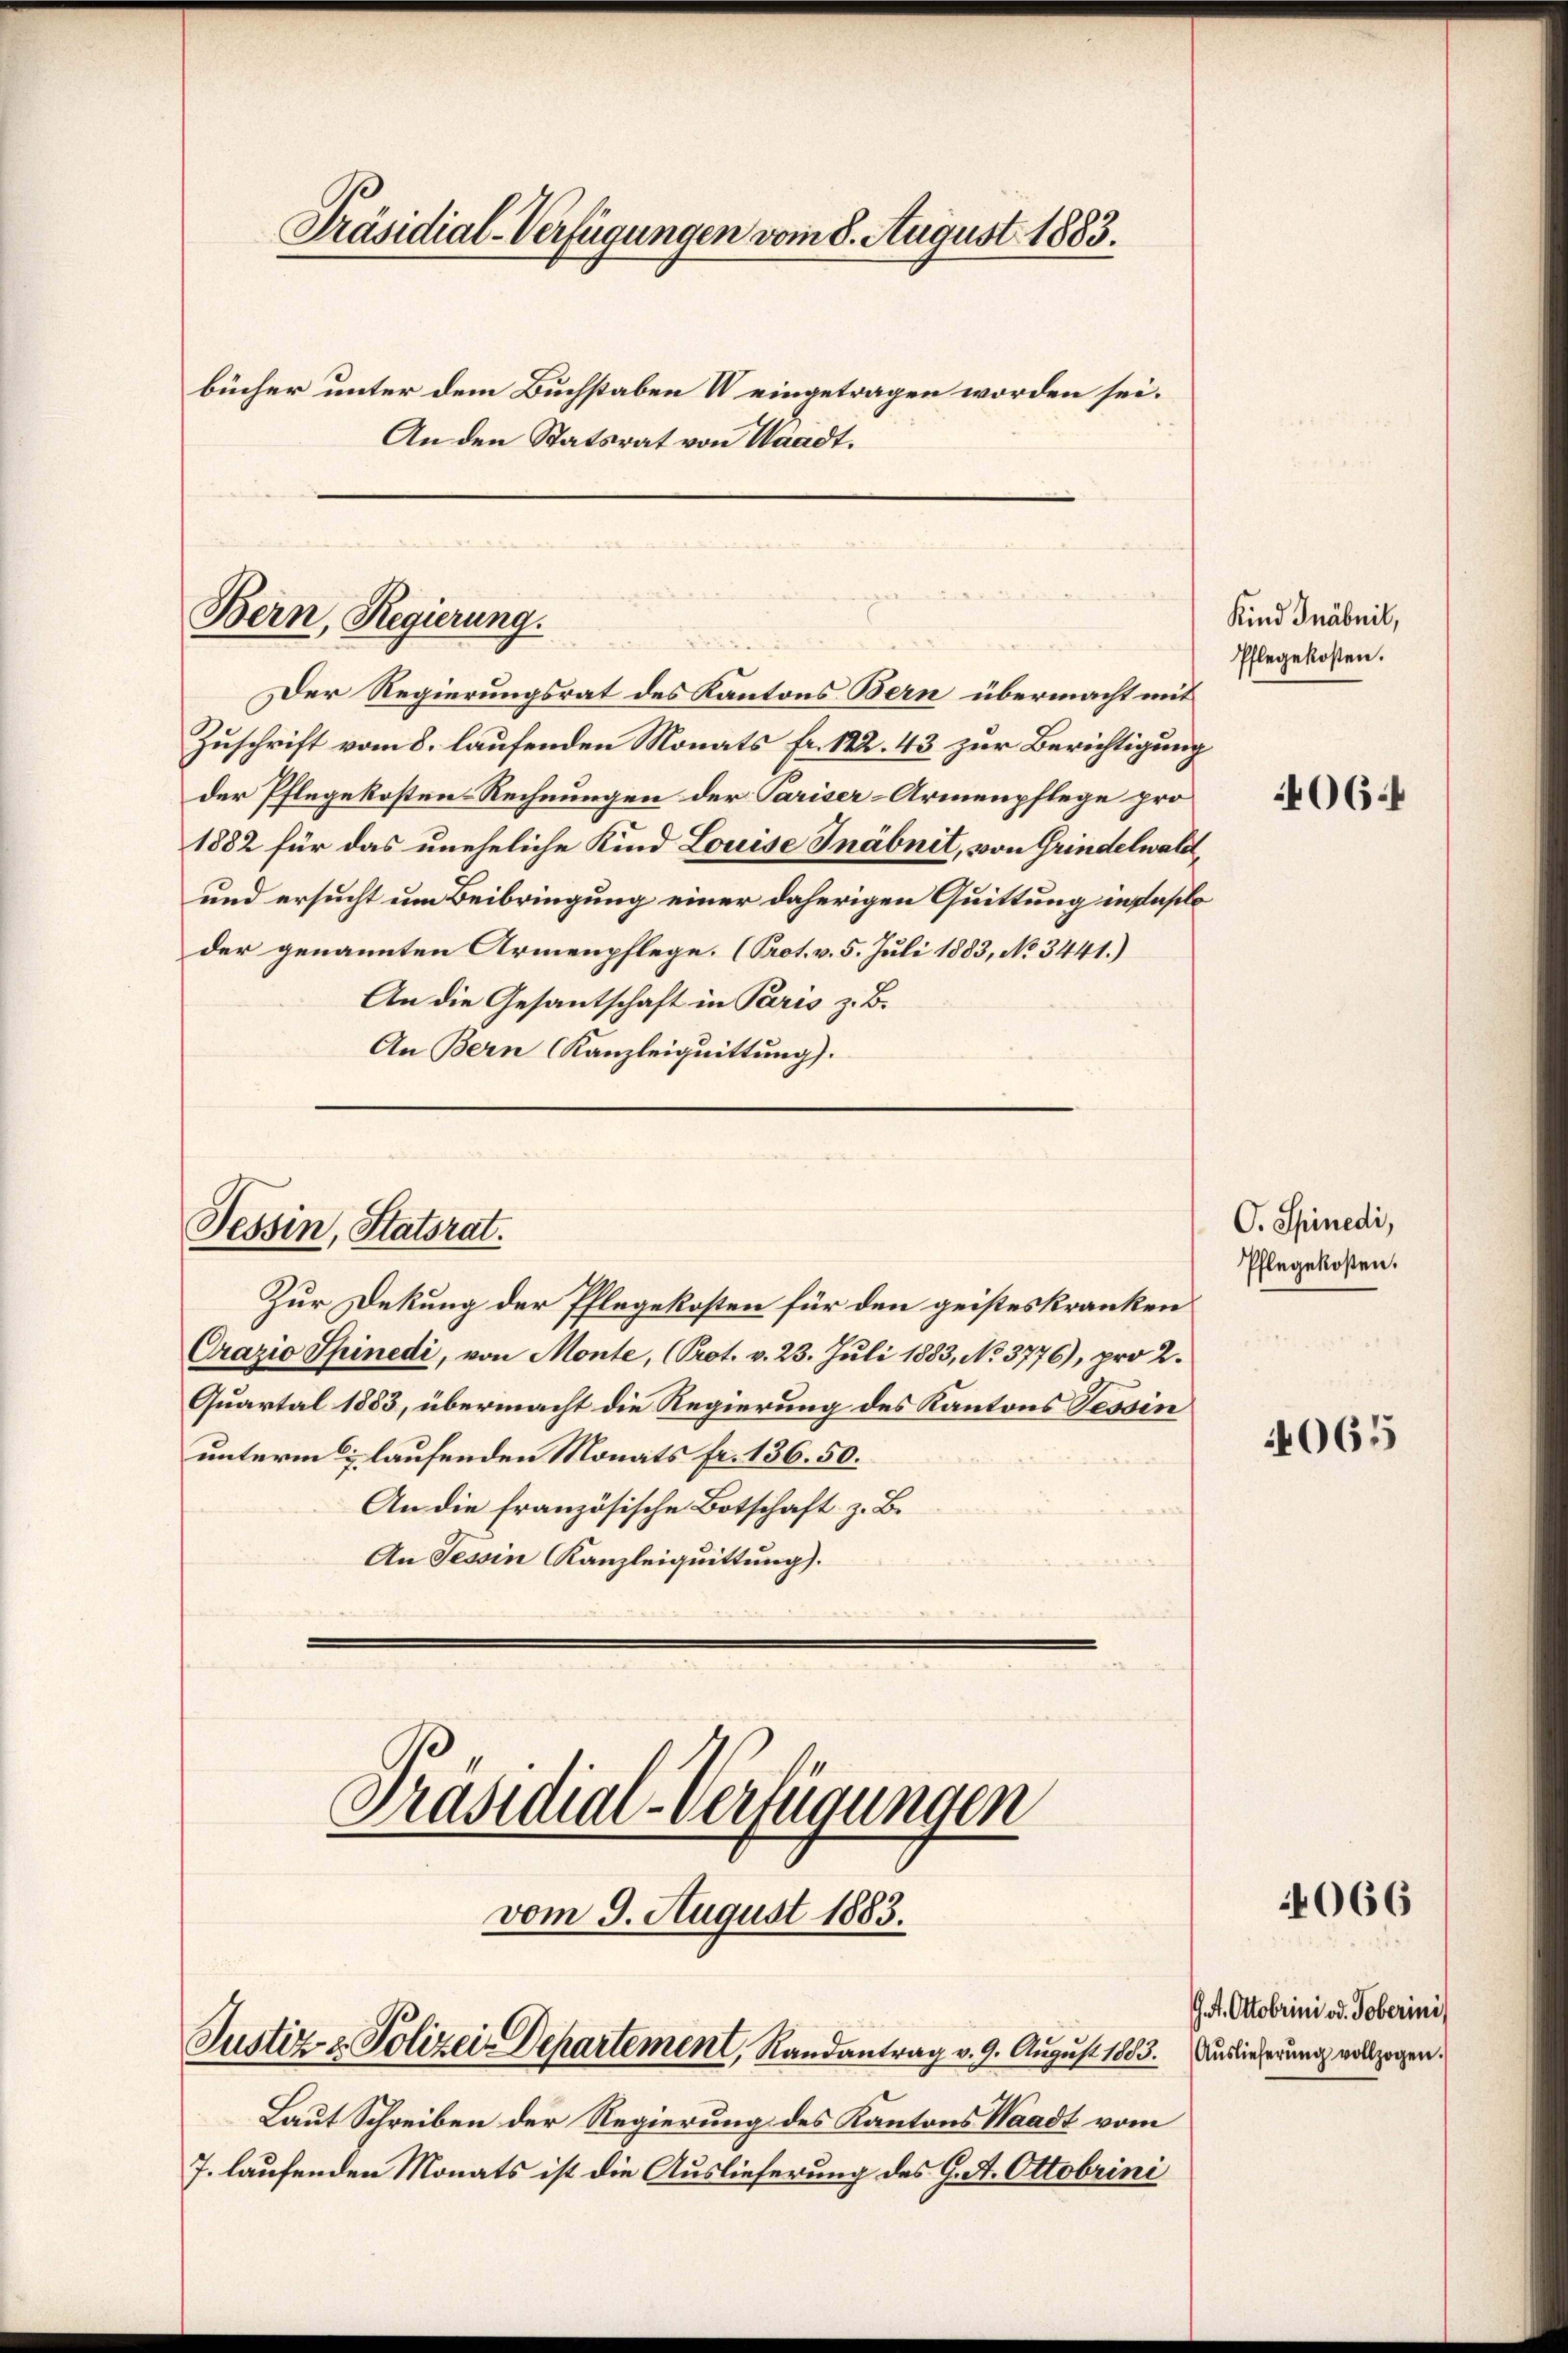
Präsidial-Verfügungen vom 8. August 1883.
bücher unter dem Buchstaben V eingetragen worden sei.
An den Statsrat von Waadt.

Bern, Regierung.

Der Regierungsrat des Kantons Bern übermacht mit
Zuschrift vom 8. laufenden Monats fr. 122. 43 zur Berichtigung
der Pflegekosten Rechnungen der Pariser-Armenpflege pro
1882 für das uneheliche Kind Louise Inabnit, von Grindelwald,
und ersucht um Beibringung einer daherigen Quittung in faslo
der genannten Armenpflege. (Prot. v. 5. Juli 1883, No 3441.)
An die Gesantschaft in Paris z. B.
An Bern Kanzleiquittung).

Tessin, Statsrat.

vom 9. August 1883.
Justiz- & Polizei-Departement, Randantrag v. 9. August 1803. Auslieferung vollzogen.

Zur Dekung der Pflegekosten für den geisteskranken
Crazio Spinedi, von Monte, (Prot. v. 23. Juli 1883, No 3776), pro 2.
Quartal 1883, übermacht die Regierung des Kantons Tessin
unterm 7 laufenden Monats fr. 136. 50.
An die französische Botschaft z. B.
An Tessin Kanzleiquittung).
Präsidial-Verfügungen

Laut Schreiben der Regierung des Kantons Waadt vom
7. laufenden Monats ist die Auslieferung des J. A. Ottobrini

Kind Gnäbnil,
Pflegekosten.

406.

O. Spinedi,
Pflegekosten.

065

066

A. Ottobrini od. Toberini